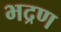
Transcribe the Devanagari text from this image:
भद्रण